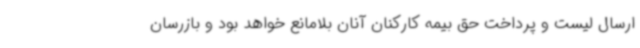
ارسال لیست و پرداخت حق بیمه کارکنان آنان بلامانع خواهد بود و بازرسان